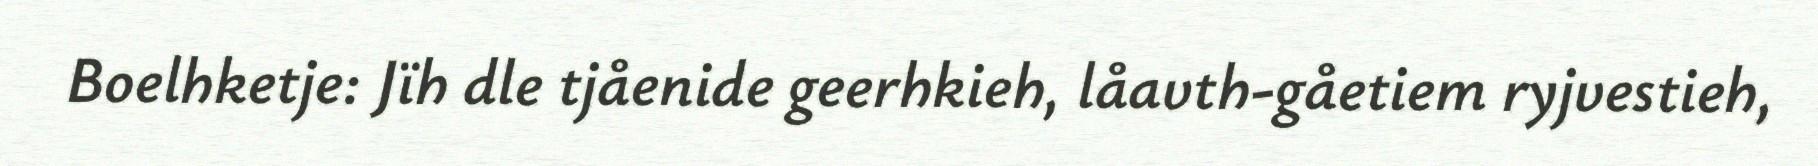
Boelhketje: Jïh dle tjåenide geerhkieh, låavth-gåetiem ryjvestieh,